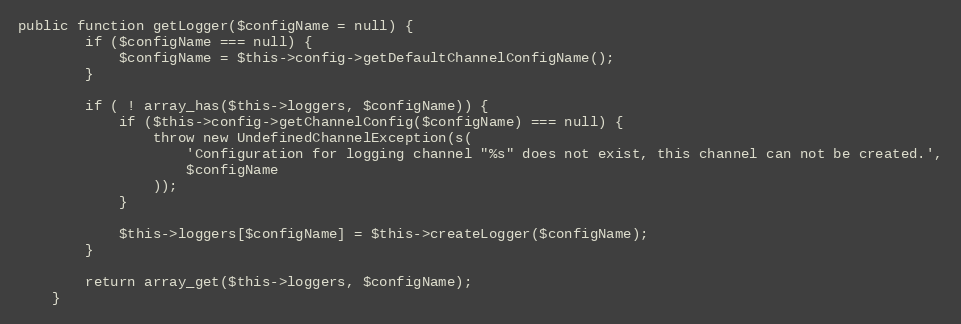
Language: PHP
public function getLogger($configName = null) {
        if ($configName === null) {
            $configName = $this->config->getDefaultChannelConfigName();
        }

        if ( ! array_has($this->loggers, $configName)) {
            if ($this->config->getChannelConfig($configName) === null) {
                throw new UndefinedChannelException(s(
                    'Configuration for logging channel "%s" does not exist, this channel can not be created.',
                    $configName
                ));
            }

            $this->loggers[$configName] = $this->createLogger($configName);
        }

        return array_get($this->loggers, $configName);
    }